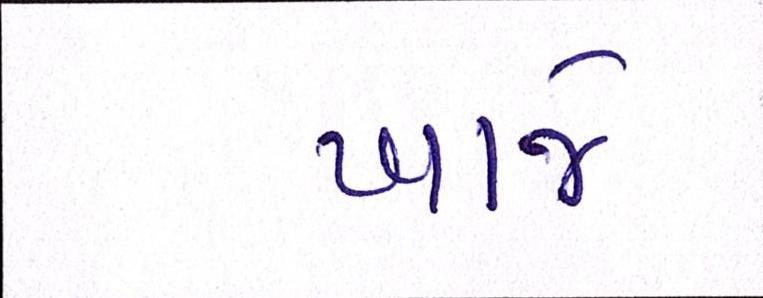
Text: ખાજે